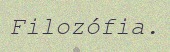
Filozófia.